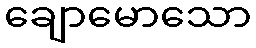
ချောမောသော